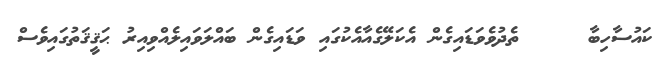
ކައުސާހިބާ     ތެދުވެވަޑައިގެން އެކަލޭގެއާއެކުގައި ވަޑައިގެން ބައްލަވައިލެއްވިއިރު ޙަޤީޤަތުގައިވެސް